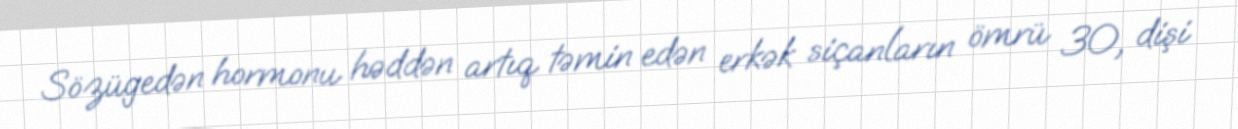
Sözügedən hormonu həddən artıq təmin edən erkək siçanların ömrü 30, dişi